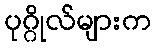
ပုဂ္ဂိုလ်များက